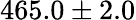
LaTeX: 465.0\pm 2.0